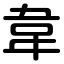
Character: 韋